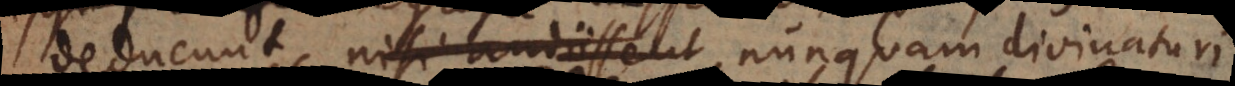
deducunt, nisi audiissent nunquam divinaturi